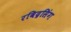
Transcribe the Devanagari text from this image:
रविद्रसिंग